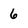
Character: 6